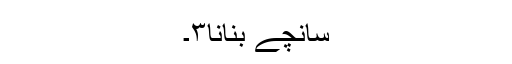
سانچے بنانا۳۔